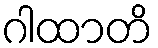
ဂါထာတိ